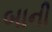
બાની